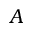
A